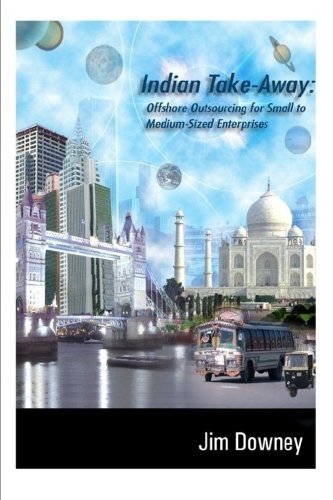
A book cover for Indian Take-Away: Offshore Outsourcing for Small to Medium Sized Enterprises (Smes); Jim Downey; Business & Money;